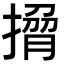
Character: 𭢄